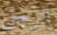
الرجل